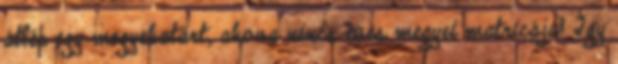
átlép egy megyehatárt, ahova nincs éves megyei matricája? Így